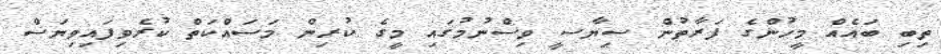
ތިބި ބައެއް މީހުންގެ ފަރާތުން ސިޔާސީ ވިސްނުމުގައި މީގެ ކުރިން މަސައްކަތް ކުރެވިފައިވިޔަސް